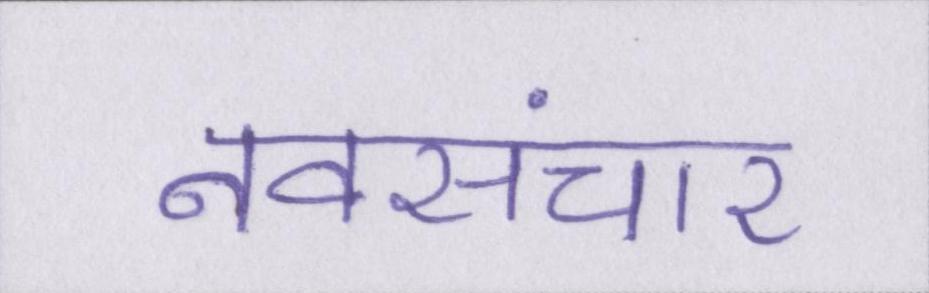
नवसंचार